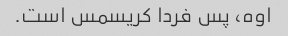
اوه، پس فردا کریسمس است.